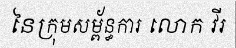
នៃក្រុមសម្ព័ន្ធការ លោក វីរ